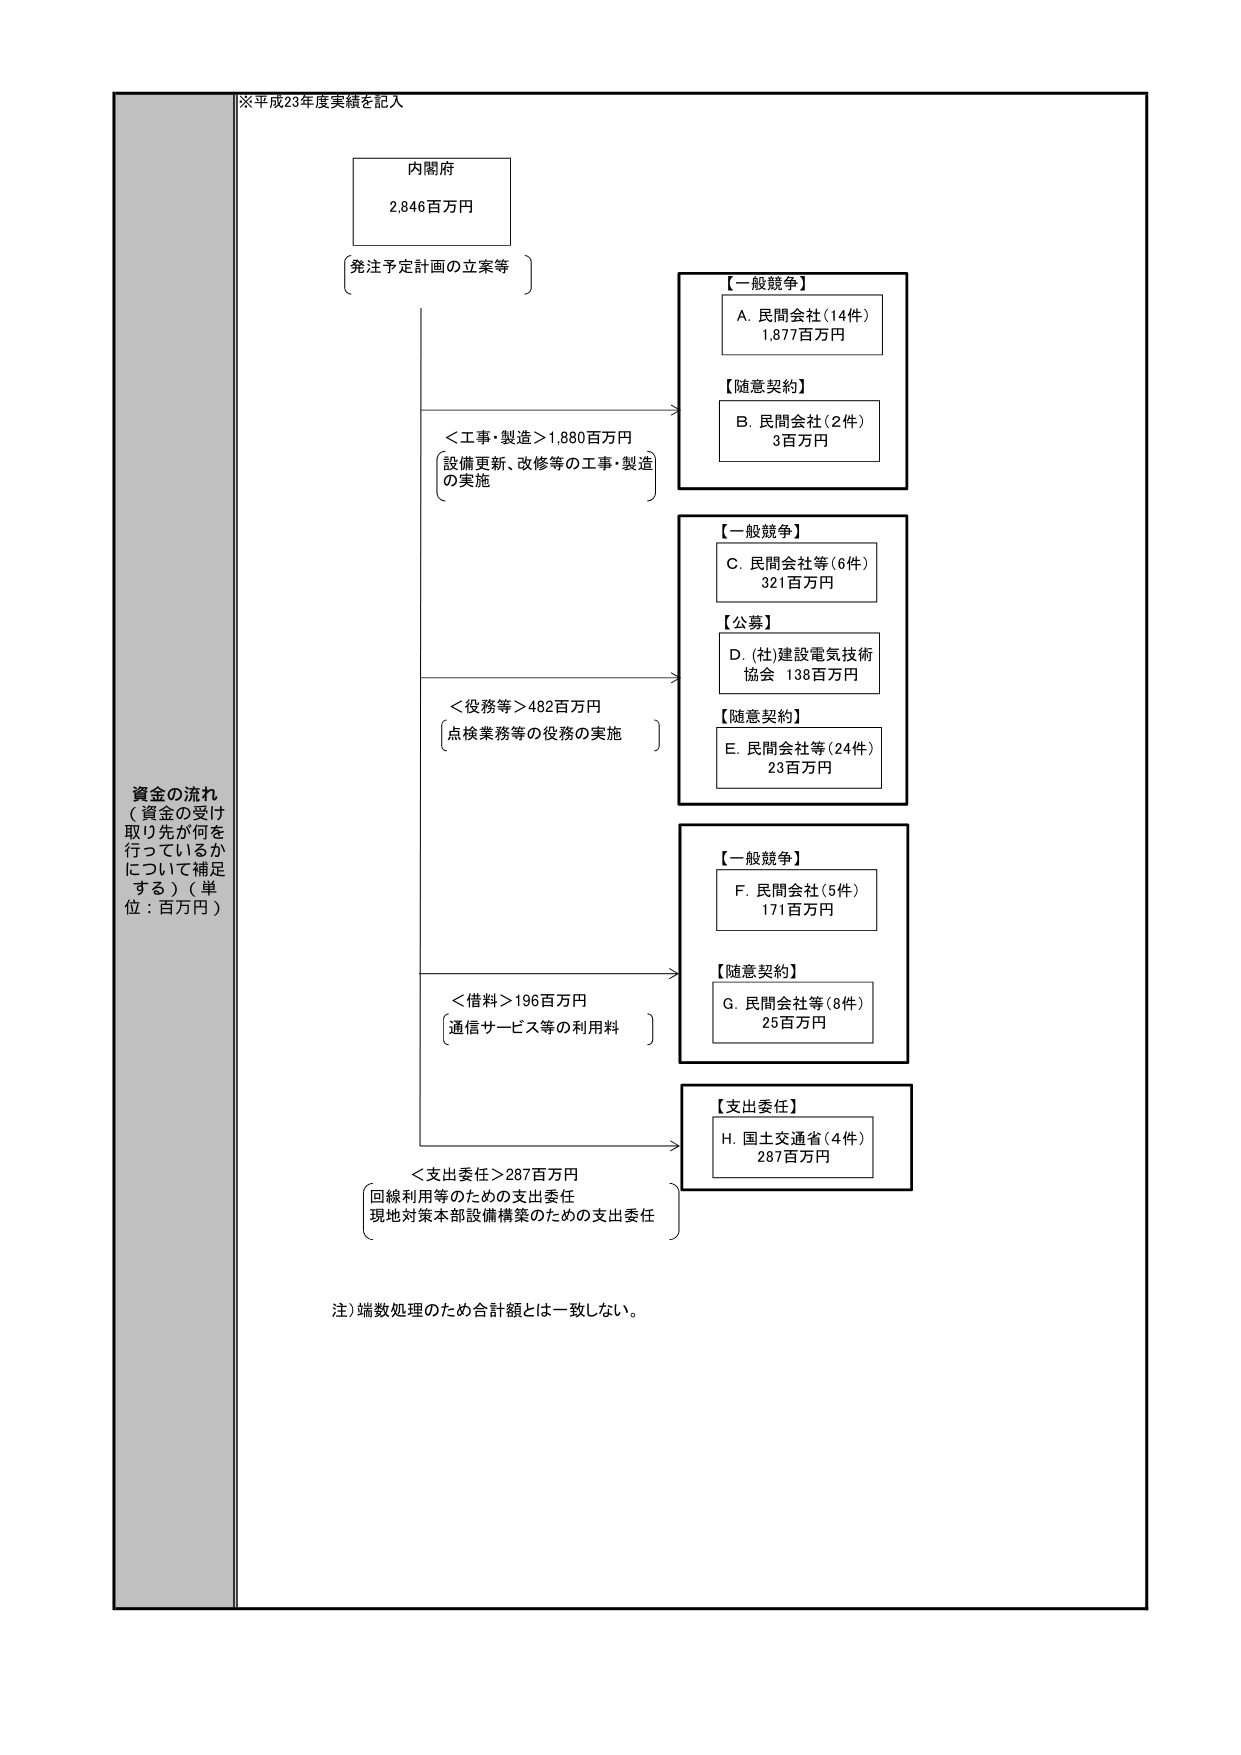
※平成23年度実績を記入

内閣府
2,846百万円
（発注予定計画の立案等）

資金の流れ
（資金の受け取り先が何を行っているかについて補足する）（単位：百万円）

＜工事・製造＞1,880百万円
（設備更新、改修等の工事・製造の実施）

【一般競争】
A. 民間会社（14件）
1,877百万円

【随意契約】
B. 民間会社（2件）
3百万円

＜役務等＞482百万円
（点検業務等の役務の実施）

【一般競争】
C. 民間会社等（6件）
321百万円

【公募】
D. （社）建設電気技術協会 138百万円

【随意契約】
E. 民間会社等（24件）
23百万円

＜借料＞196百万円
（通信サービス等の利用料）

【一般競争】
F. 民間会社（5件）
171百万円

【随意契約】
G. 民間会社等（8件）
25百万円

＜支出委任＞287百万円
（回線利用等のための支出委任
現地対策本部設備構築のための支出委任）

【支出委任】
H. 国土交通省（4件）
287百万円

注）端数処理のため合計額とは一致しない。